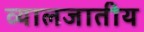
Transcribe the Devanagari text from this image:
व्यालजातीय